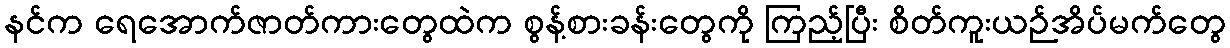
နင်က ရေအောက်ဇာတ်ကားတွေထဲက စွန့်စားခန်းတွေကို ကြည့်ပြီး စိတ်ကူးယဉ်အိပ်မက်တွေ